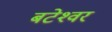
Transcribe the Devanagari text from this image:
बटेश्‍वर